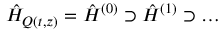
\hat { H } _ { Q ( t , z ) } = \hat { H } ^ { ( 0 ) } \supset \hat { H } ^ { ( 1 ) } \supset \ldots